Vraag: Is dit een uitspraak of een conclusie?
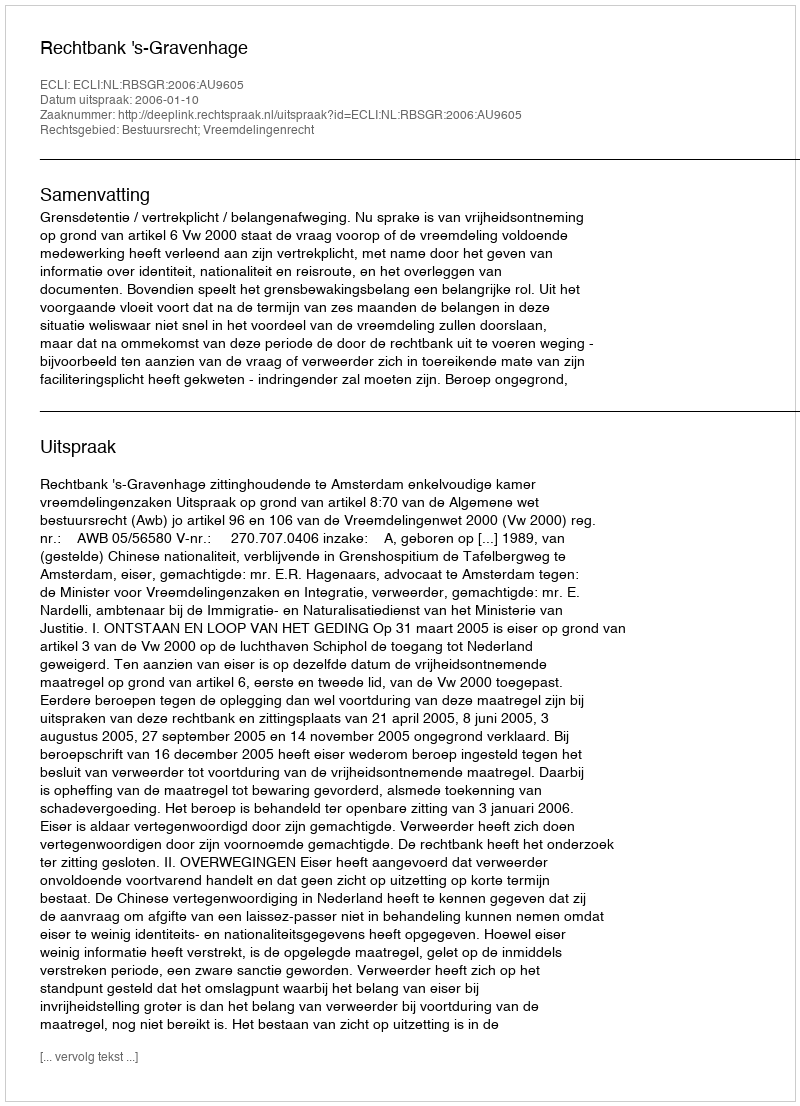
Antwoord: Uitspraak